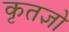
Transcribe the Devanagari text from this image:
कृतज्ञो